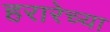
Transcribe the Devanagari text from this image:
हरारेच्या